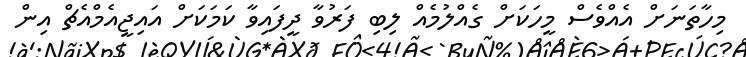
މިހާތަނަށް އެއްވެސް މީހަކަށް ގެއްލުމެއް ލިބި ފަރުވާ ދީފައިވާ ކަމަކަށް އައިޖީއެމްއެޗް އިން